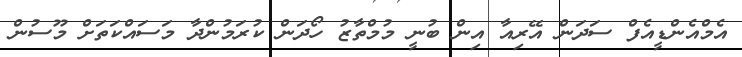
އެމްއެންޑީއެފް ސަދަން އޭރިއާ އިން ބުނީ މުމްތާޒު ހޯދަން ކުރަމުންދާ މަސައްކަތަށް މޫސުން